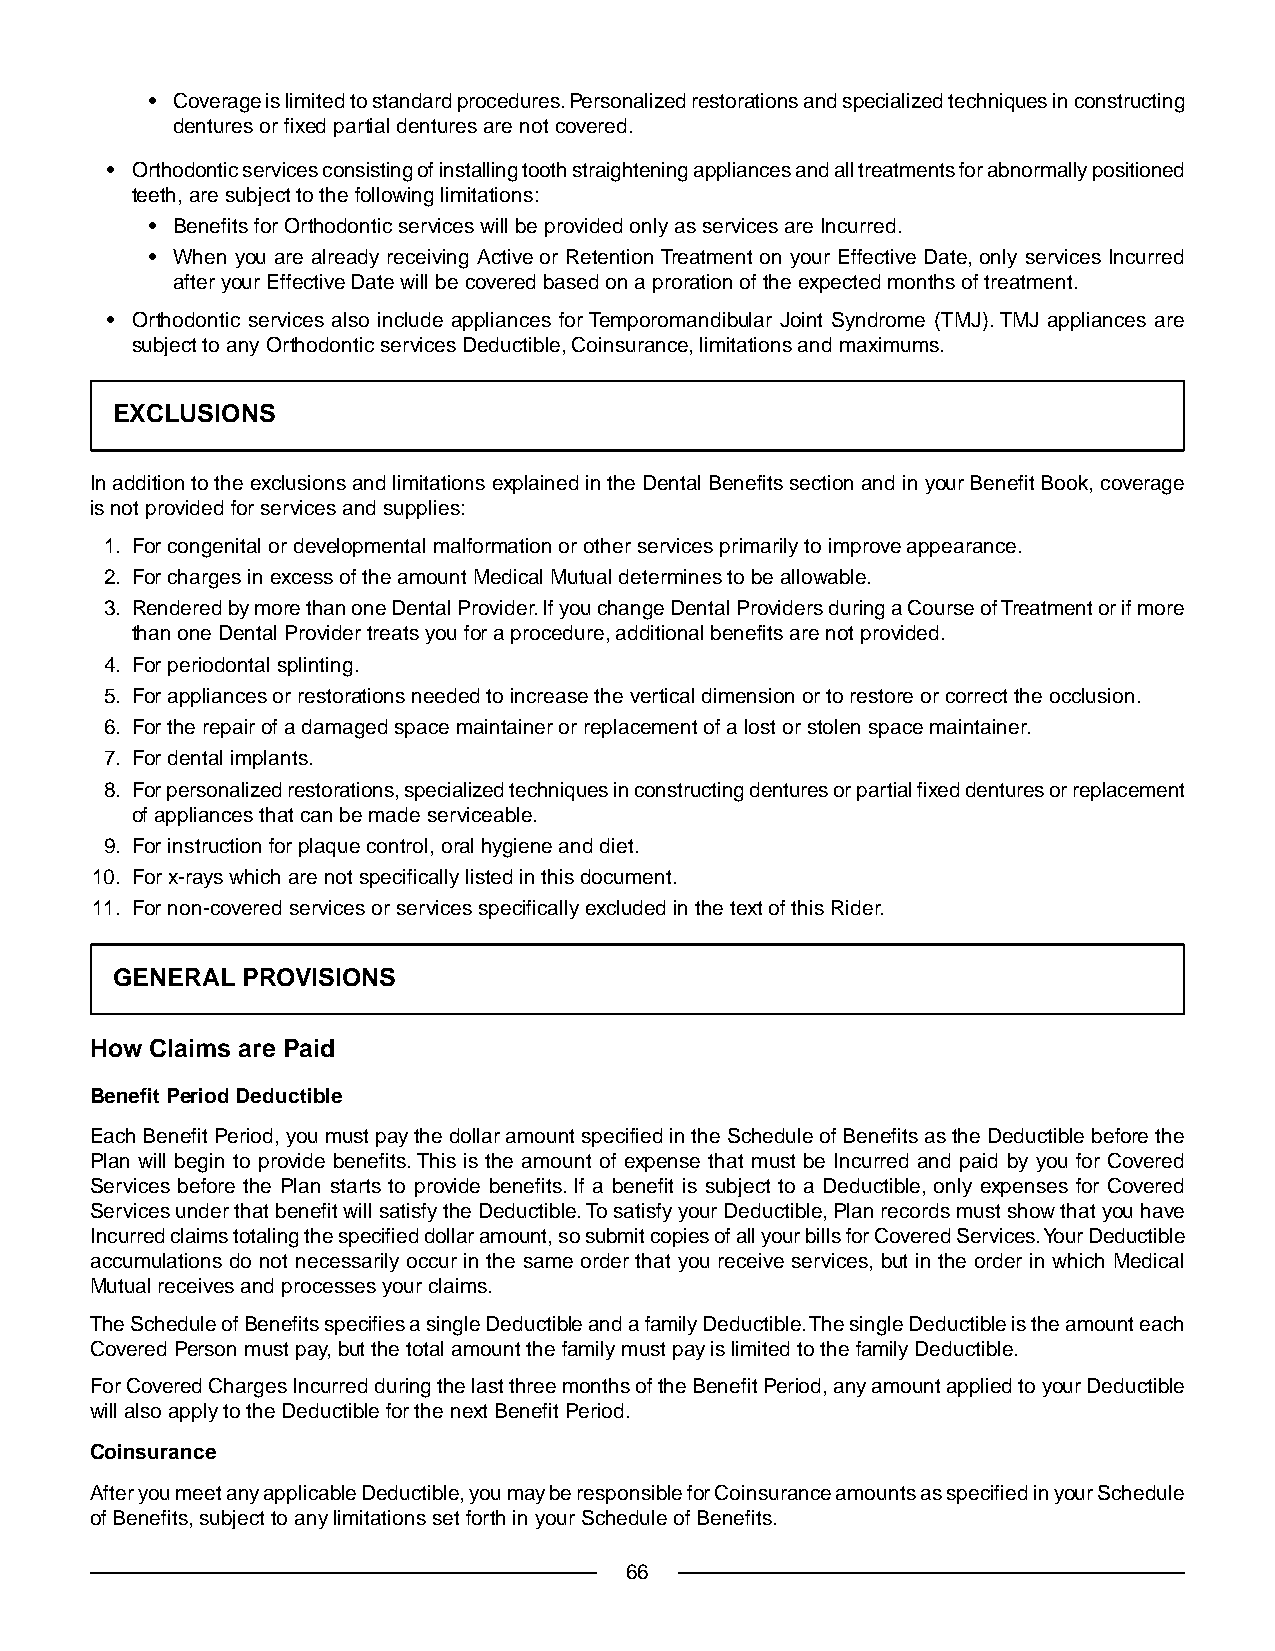
• Coverage is limited to standard procedures. Personalized restorations and specialized techniques in constructing
 dentures or fixed partial dentures are not covered.
 • Orthodontic services consisting of installing tooth straightening appliances and all treatments for abnormally positioned
 teeth, are subject to the following limitations:
 • Benefits for Orthodontic services will be provided only as services are Incurred.
 • When you are already receiving Active or Retention Treatment on your Effective Date, only services Incurred
 after your Effective Date will be covered based on a proration of the expected months of treatment.
 • Orthodontic services also include appliances for Temporomandibular Joint Syndrome (TMJ).TMJ appliances are
 subject to any Orthodontic services Deductible, Coinsurance, limitations and maximums.
 EXCLUSIONS
 In addition to the exclusions and limitations explained in the Dental Benefits section and in your Benefit Book, coverage
 is not provided for services and supplies:
 1. For congenital or developmental malformation or other services primarily to improve appearance.
 2. For charges in excess of the amount Medical Mutual determines to be allowable.
 3. Rendered by more than one Dental Provider. If you change Dental Providers during a Course of Treatment or if more
 than one Dental Provider treats you for a procedure, additional benefits are not provided.
 4. For periodontal splinting.
 5. For appliances or restorations needed to increase the vertical dimension or to restore or correct the occlusion.
 6. For the repair of a damaged space maintainer or replacement of a lost or stolen space maintainer.
 7. For dental implants.
 8. For personalized restorations, specialized techniques in constructing dentures or partial fixed dentures or replacement
 of appliances that can be made serviceable.
 9. For instruction for plaque control, oral hygiene and diet.
 10. For x-rays which are not specifically listed in this document.
 11. For non-covered services or services specifically excluded in the text of this Rider.
 GENERAL  PROVISIONS
 How Claims are Paid
 Benefit Period Deductible
 Each Benefit Period, you must pay the dollar amount specified in the Schedule of Benefits as the Deductible before the
 Plan will begin to provide benefits.This is the amount of expense that must be Incurred and paid by you for Covered
 Services before the Plan starts to provide benefits. If a benefit is subject to a Deductible, only expenses for Covered
 Services under that benefit will satisfy the Deductible.To satisfy your Deductible, Plan records must show that you have
 Incurred claims totaling the specified dollar amount, so submit copies of all your bills for Covered Services.Your Deductible
 accumulations do not necessarily occur in the same order that you receive services, but in the order in which Medical
 Mutual receives and processes your claims.
 The Schedule of Benefits specifies a single Deductible and a family Deductible.The single Deductible is the amount each
 Covered Person must pay, but the total amount the family must pay is limited to the family Deductible.
 For Covered Charges Incurred during the last three months of the Benefit Period, any amount applied to your Deductible
 will also apply to the Deductible for the next Benefit Period.
 Coinsurance
 After you meet any applicable Deductible, you may be responsible for Coinsurance amounts as specified in your Schedule
 of Benefits, subject to any limitations set forth in your Schedule of Benefits.
 66